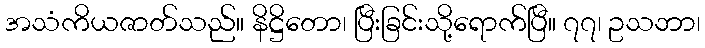
အသံကိယဇာတ်သည်။ နိဋ္ဌိတော၊ ပြီးခြင်းသို့ရောက်ပြီ။ ၇၇၊ ဥသဘာ၊